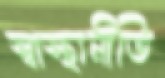
স্বাস্থ্যনীতি